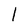
Character: l